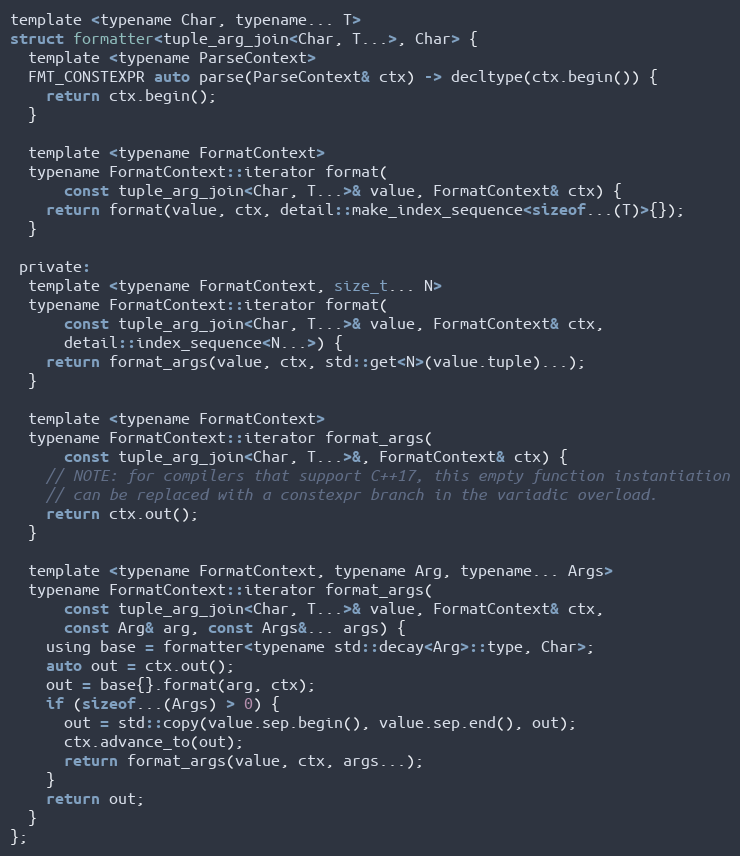
Language: C
template <typename Char, typename... T>
struct formatter<tuple_arg_join<Char, T...>, Char> {
  template <typename ParseContext>
  FMT_CONSTEXPR auto parse(ParseContext& ctx) -> decltype(ctx.begin()) {
    return ctx.begin();
  }

  template <typename FormatContext>
  typename FormatContext::iterator format(
      const tuple_arg_join<Char, T...>& value, FormatContext& ctx) {
    return format(value, ctx, detail::make_index_sequence<sizeof...(T)>{});
  }

 private:
  template <typename FormatContext, size_t... N>
  typename FormatContext::iterator format(
      const tuple_arg_join<Char, T...>& value, FormatContext& ctx,
      detail::index_sequence<N...>) {
    return format_args(value, ctx, std::get<N>(value.tuple)...);
  }

  template <typename FormatContext>
  typename FormatContext::iterator format_args(
      const tuple_arg_join<Char, T...>&, FormatContext& ctx) {
    // NOTE: for compilers that support C++17, this empty function instantiation
    // can be replaced with a constexpr branch in the variadic overload.
    return ctx.out();
  }

  template <typename FormatContext, typename Arg, typename... Args>
  typename FormatContext::iterator format_args(
      const tuple_arg_join<Char, T...>& value, FormatContext& ctx,
      const Arg& arg, const Args&... args) {
    using base = formatter<typename std::decay<Arg>::type, Char>;
    auto out = ctx.out();
    out = base{}.format(arg, ctx);
    if (sizeof...(Args) > 0) {
      out = std::copy(value.sep.begin(), value.sep.end(), out);
      ctx.advance_to(out);
      return format_args(value, ctx, args...);
    }
    return out;
  }
};